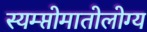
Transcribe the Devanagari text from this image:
स्यम्प्तोमातोलोग्य